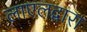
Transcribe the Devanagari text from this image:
लाएलद्वारा